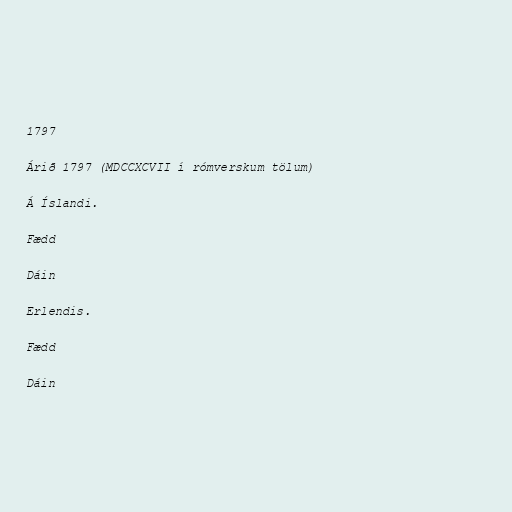
1797

Árið 1797 (MDCCXCVII í rómverskum tölum)

Á Íslandi.

Fædd

Dáin

Erlendis.

Fædd

Dáin